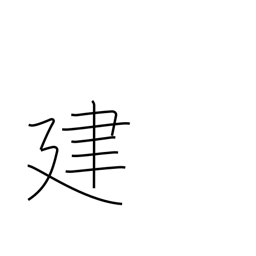
Meaning: build